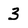
Character: 3